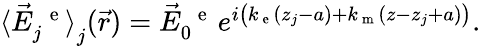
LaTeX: \begin{array}{r}{\langle\vec{E}_{j}^{\mathrm{~\, ~e~}}\rangle_{{\textstyle\mathstrut}j}(\vec{r})=\vec{E}_{0}^{\mathrm{~\, ~e~}}\, e^{i\left(k_{\mathrm{~e~}}(z_{j}-a)+k_{\mathrm{~m~}}(z-z_{j}+a)\vphantom{b^{2}}\right)}.}\end{array}